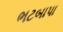
ભટબાપા